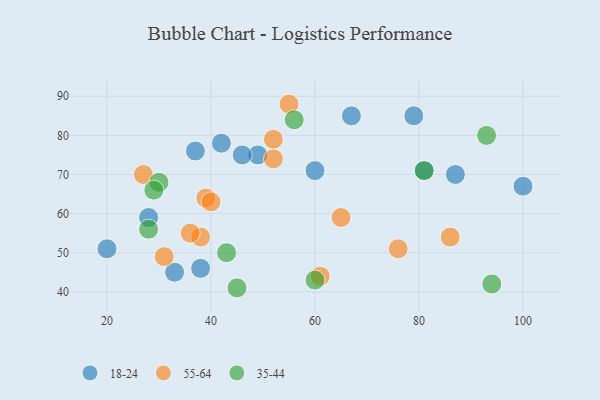
{"axis": {"x": "GDP", "y": "Life Expectancy"}, "legend": ["18-24", "35-44", "55-64"], "data": [{"x": "20", "y": 51, "type": "18-24"}, {"x": "79", "y": 85, "type": "18-24"}, {"x": "42", "y": 78, "type": "18-24"}, {"x": "49", "y": 75, "type": "18-24"}, {"x": "37", "y": 76, "type": "18-24"}, {"x": "38", "y": 46, "type": "18-24"}, {"x": "87", "y": 70, "type": "18-24"}, {"x": "81", "y": 71, "type": "18-24"}, {"x": "67", "y": 85, "type": "18-24"}, {"x": "46", "y": 75, "type": "18-24"}, {"x": "100", "y": 67, "type": "18-24"}, {"x": "28", "y": 59, "type": "18-24"}, {"x": "33", "y": 45, "type": "18-24"}, {"x": "60", "y": 71, "type": "18-24"}, {"x": "52", "y": 74, "type": "55-64"}, {"x": "55", "y": 88, "type": "55-64"}, {"x": "39", "y": 64, "type": "55-64"}, {"x": "40", "y": 63, "type": "55-64"}, {"x": "31", "y": 49, "type": "55-64"}, {"x": "27", "y": 70, "type": "55-64"}, {"x": "38", "y": 54, "type": "55-64"}, {"x": "61", "y": 44, "type": "55-64"}, {"x": "65", "y": 59, "type": "55-64"}, {"x": "86", "y": 54, "type": "55-64"}, {"x": "76", "y": 51, "type": "55-64"}, {"x": "36", "y": 55, "type": "55-64"}, {"x": "52", "y": 79, "type": "55-64"}, {"x": "56", "y": 84, "type": "35-44"}, {"x": "94", "y": 42, "type": "35-44"}, {"x": "81", "y": 71, "type": "35-44"}, {"x": "28", "y": 56, "type": "35-44"}, {"x": "60", "y": 43, "type": "35-44"}, {"x": "43", "y": 50, "type": "35-44"}, {"x": "30", "y": 68, "type": "35-44"}, {"x": "93", "y": 80, "type": "35-44"}, {"x": "45", "y": 41, "type": "35-44"}, {"x": "29", "y": 66, "type": "35-44"}]}